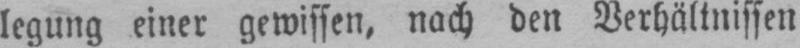
legung einer gewissen, nach den Verhältnissen